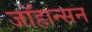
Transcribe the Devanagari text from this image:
जाॅहान्सन